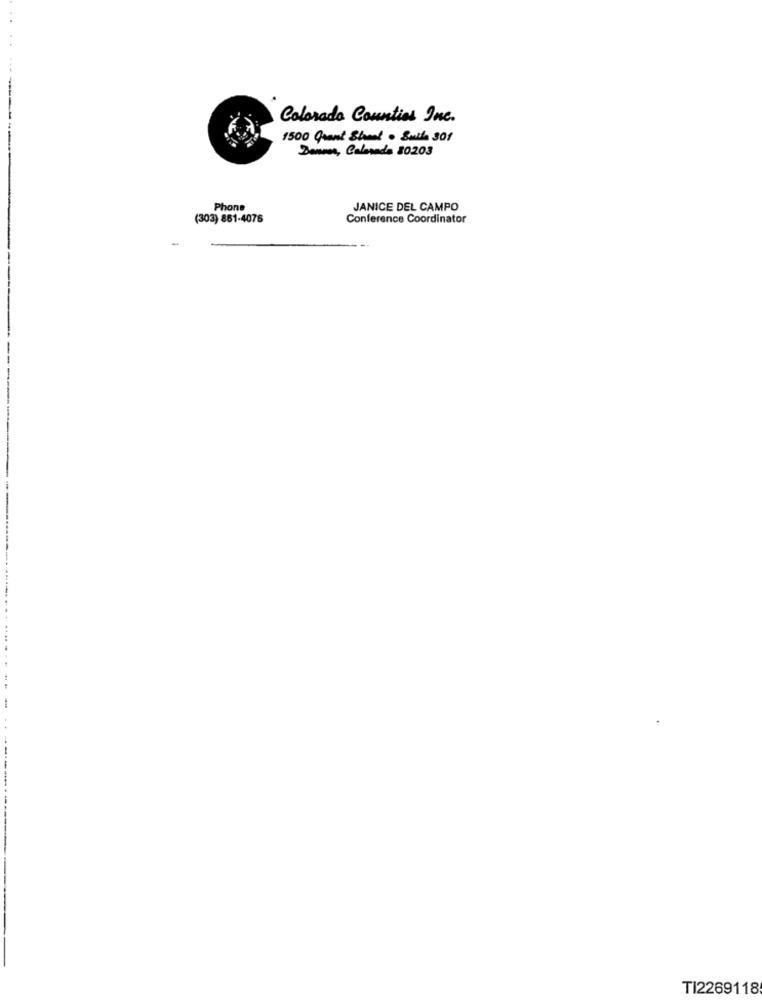
Colorado Counties Inc.
1500 Grant Sheet . Sulla 301
Dannos, Colorada 20203
Phone
JANICE DEL CAMPO
(303) 861-4076
Conference Coordinator
TI2269118